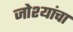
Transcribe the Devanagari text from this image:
जोश्यांचा